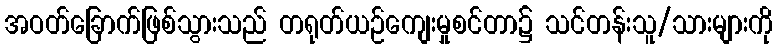
အဝတ်ခြောက်ဖြစ်သွားသည် တရုတ်ယဉ်ကျေးမှုစင်တာ၌ သင်တန်းသူ/သားများကို